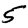
Digit: 5